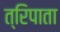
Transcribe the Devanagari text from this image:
त्रिपाता